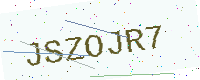
Text: JSZOJR7